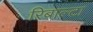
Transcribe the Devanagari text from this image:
रिबाल्टा